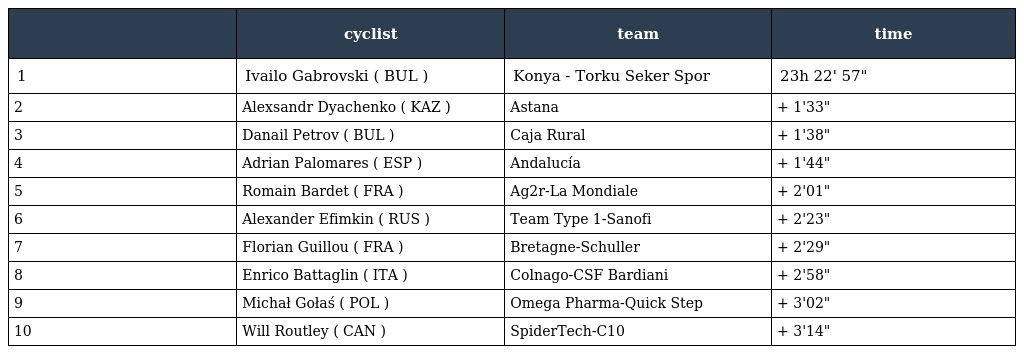
|  | cyclist | team | time |
 | --- | --- | --- | --- |
 | 1 | Ivailo Gabrovski ( BUL ) | Konya - Torku Seker Spor | 23h 22' 57" |
 | 2 | Alexsandr Dyachenko ( KAZ ) | Astana | + 1'33" |
 | 3 | Danail Petrov ( BUL ) | Caja Rural | + 1'38" |
 | 4 | Adrian Palomares ( ESP ) | Andalucía | + 1'44" |
 | 5 | Romain Bardet ( FRA ) | Ag2r-La Mondiale | + 2'01" |
 | 6 | Alexander Efimkin ( RUS ) | Team Type 1-Sanofi | + 2'23" |
 | 7 | Florian Guillou ( FRA ) | Bretagne-Schuller | + 2'29" |
 | 8 | Enrico Battaglin ( ITA ) | Colnago-CSF Bardiani | + 2'58" |
 | 9 | Michał Gołaś ( POL ) | Omega Pharma-Quick Step | + 3'02" |
 | 10 | Will Routley ( CAN ) | SpiderTech-C10 | + 3'14" |